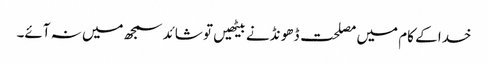
خدا کے کام میں مصلحت ڈھو نڈنے بیٹھیں تو شائد سمجھ میں نہ آئے۔